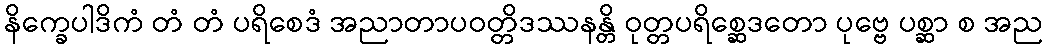
နိက္ခေပါဒိကံ တံ တံ ပရိစေဒံ အညာတာပဝတ္တိဒဿနန္တိ ဝုတ္တပရိစ္ဆေဒတော ပုဗ္ဗေ ပစ္ဆာ စ အည